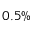
0 . 5 \%